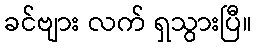
ခင်ဗျား လက် ရှသွားပြီ။